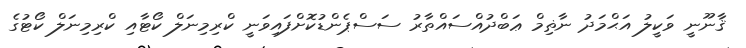
ޤާނޫނީ ވަކީލު އަޙްމަދު ނާޡިމް ޢަބްދުއްސައްތާރު ސަސްޕެންޑުކޮށްފައިވަނީ ކްރިމިނަލް ކޯޓާއި ކްރިމިނަލް ކޯޓުގެ